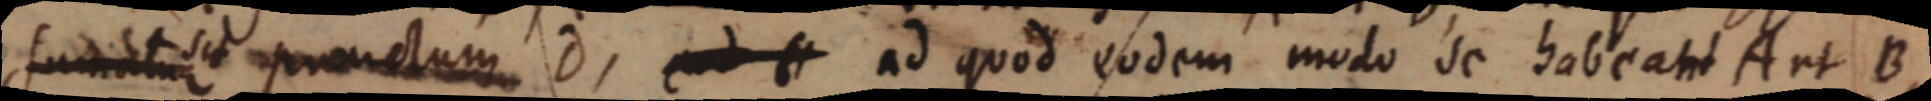
sumitur sit punctum D, _ ad quod eodem modo se habeant A et B,